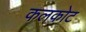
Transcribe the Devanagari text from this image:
कलकोट